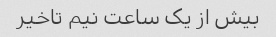
بیش از یک ساعت نیم تاخیر